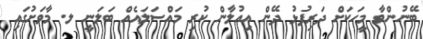
ބޭނުންވާ މީހަކަށް ދަރިފުޅު ދޭން އިއުލާން ކުރި މައްސަލައެއް ބަލަނީ ލ. މާވަށުގައި